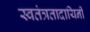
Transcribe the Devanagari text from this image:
स्वतंत्रतादायिनी